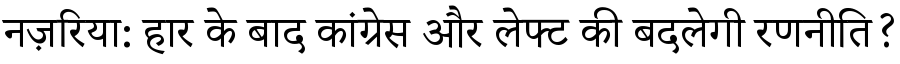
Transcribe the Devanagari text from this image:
नज़रिया: हार के बाद कांग्रेस और लेफ्ट की बदलेगी रणनीति?